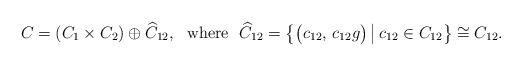
LaTeX: \begin{align*} C = (C_1\times C_2)\oplus\widehat C_{12},~~ \mbox{where}~~\widehat C_{12}= \big\{\big(c_{12},\,c_{12}g\big)\,\big|\,c_{12}\in C_{12}\big\}\cong C_{12}.\end{align*}